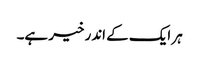
ہر ایک کے اندر خیر ہے۔